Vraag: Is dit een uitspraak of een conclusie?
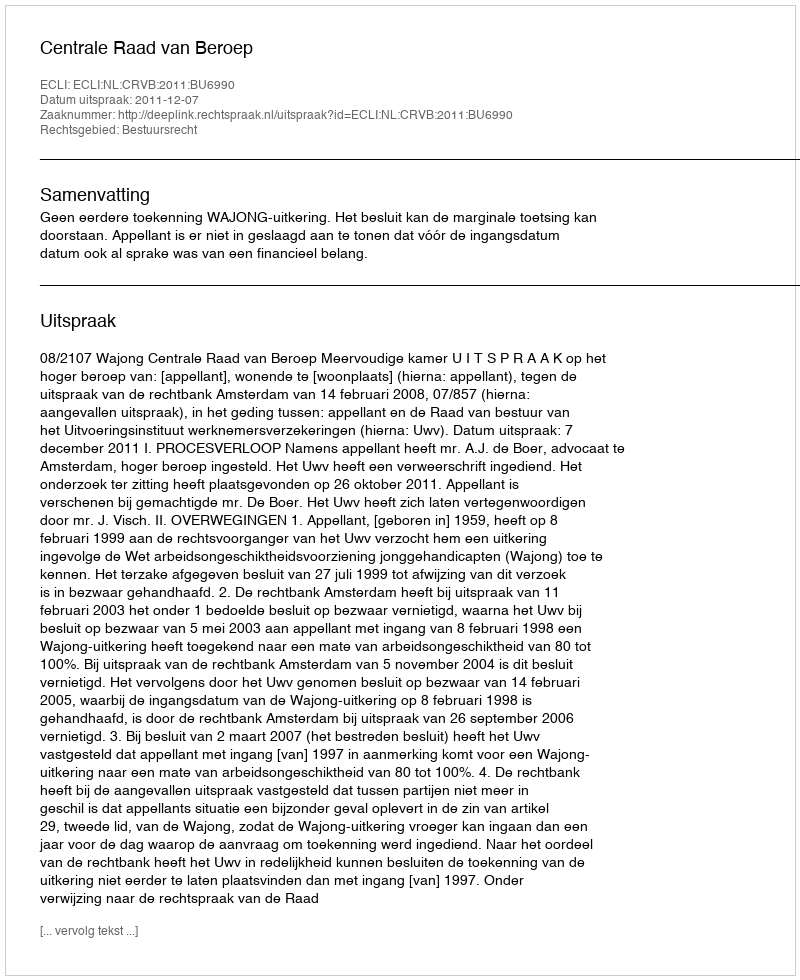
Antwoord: Uitspraak